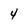
Character: 4